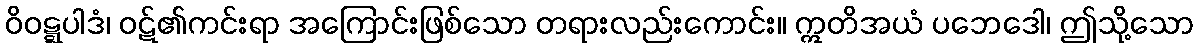
ဝိဝဋ္ဋပါဒံ၊ ဝဋ်၏ကင်းရာ အကြောင်းဖြစ်သော တရားလည်းကောင်း။ ဣတိအယံ ပဘေဒေါ၊ ဤသို့သော